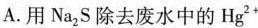
A.用N_{2}S除去废水中的Hg^{2+}